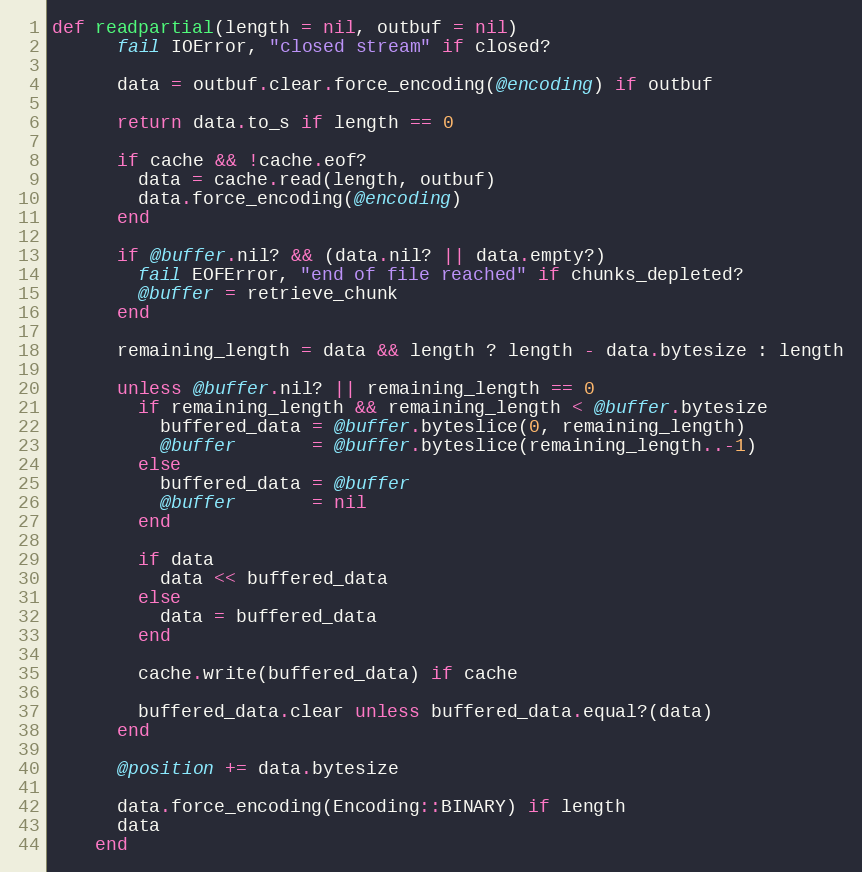
Language: Ruby
def readpartial(length = nil, outbuf = nil)
      fail IOError, "closed stream" if closed?

      data = outbuf.clear.force_encoding(@encoding) if outbuf

      return data.to_s if length == 0

      if cache && !cache.eof?
        data = cache.read(length, outbuf)
        data.force_encoding(@encoding)
      end

      if @buffer.nil? && (data.nil? || data.empty?)
        fail EOFError, "end of file reached" if chunks_depleted?
        @buffer = retrieve_chunk
      end

      remaining_length = data && length ? length - data.bytesize : length

      unless @buffer.nil? || remaining_length == 0
        if remaining_length && remaining_length < @buffer.bytesize
          buffered_data = @buffer.byteslice(0, remaining_length)
          @buffer       = @buffer.byteslice(remaining_length..-1)
        else
          buffered_data = @buffer
          @buffer       = nil
        end

        if data
          data << buffered_data
        else
          data = buffered_data
        end

        cache.write(buffered_data) if cache

        buffered_data.clear unless buffered_data.equal?(data)
      end

      @position += data.bytesize

      data.force_encoding(Encoding::BINARY) if length
      data
    end